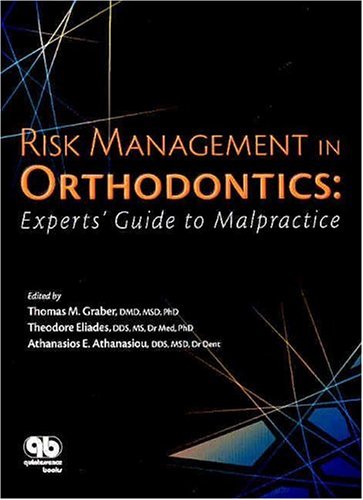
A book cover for Risk Management in Orthodontics: Experts' Guide to Malpractice; Theodore Eliades; Medical Books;